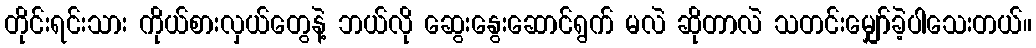
တိုင်းရင်းသား ကိုယ်စားလှယ်တွေနဲ့ ဘယ်လို ဆွေးနွေးဆောင်ရွက် မလဲ ဆိုတာလဲ သတင်းမျှော်ခဲ့ပါသေးတယ်။